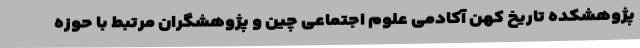
پژوهشکده تاریخ کهن آکادمی علوم اجتماعی چین و پژوهشگران مرتبط با حوزه